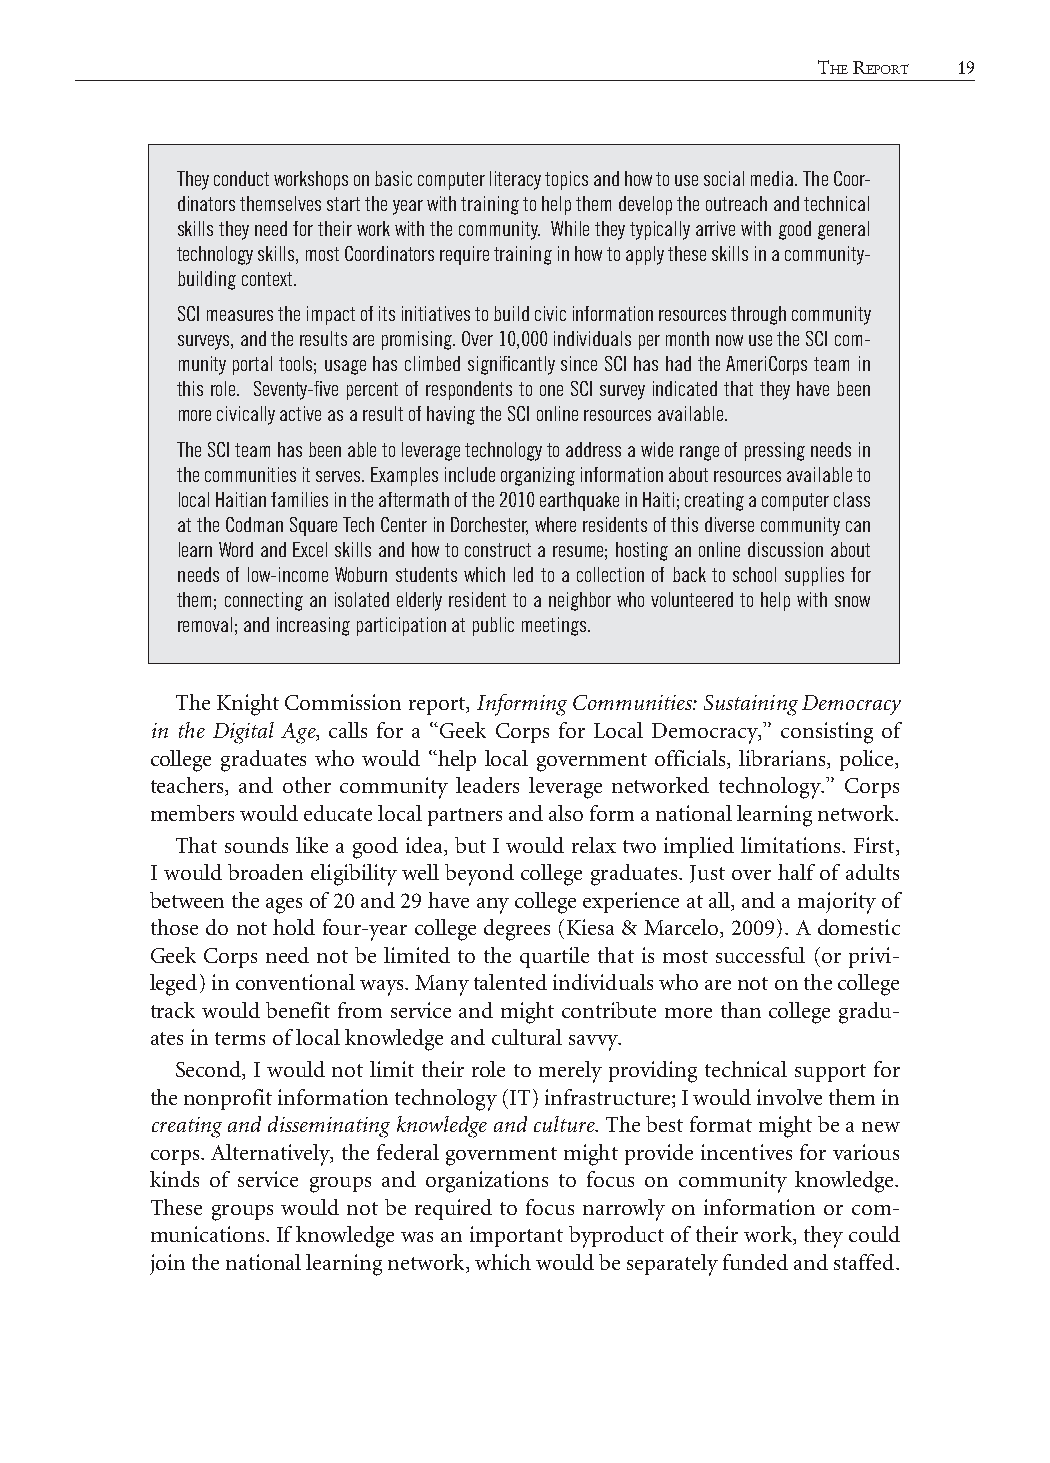
18 CiviC EngagEmEnt and Community information         thE rEport 19
 They conduct workshops on basic computer literacy topics and how to use social media. The Coor-
 dinators themselves start the year with training to help them develop the outreach and technical
 skills they need for their work with the community. While they typically arrive with good general
 technology skills, most Coordinators require training in how to apply these skills in a community-
 building context.
 SCI measures the impact of its initiatives to build civic information resources through community
 surveys, and the results are promising. Over 10,000 individuals per month now use the SCI com-
 munity portal tools; usage has climbed significantly since SCI has had the AmeriCorps team in
 this role. Seventy-five percent of respondents to one SCI survey indicated that they have been
 more civically active as a result of having the SCI online resources available.
 The SCI team has been able to leverage technology to address a wide range of pressing needs in
 the communities it serves. Examples include organizing information about resources available to
 local Haitian families in the aftermath of the 2010 earthquake in Haiti; creating a computer class
 at the Codman Square Tech Center in Dorchester, where residents of this diverse community can
 learn Word and Excel skills and how to construct a resume; hosting an online discussion about
 needs of low-income Woburn students which led to a collection of back to school supplies for
 them; connecting an isolated elderly resident to a neighbor who volunteered to help with snow
 removal; and increasing participation at public meetings.
 The Knight Commission report, Informing Communities: Sustaining Democracy
 in the Digital Age, calls for a “Geek Corps for Local Democracy,” consisting of
 college graduates who would “help local government officials, librarians, police,
 teachers, and other community leaders leverage networked technology.” Corps
 members would educate local partners and also form a national learning network.
 That sounds like a good idea, but I would relax two implied limitations. First,
 I would broaden eligibility well beyond college graduates. Just over half of adults
 between the ages of 20 and 29 have any college experience at all, and a majority of
 those do not hold four-year college degrees (Kiesa & Marcelo, 2009). A domestic
 Geek Corps need not be limited to the quartile that is most successful (or privi-
 leged) in conventional ways. Many talented individuals who are not on the college
 track would benefit from service and might contribute more than college gradu-
 ates in terms of local knowledge and cultural savvy.
 Second, I would not limit their role to merely providing technical support for
 the nonprofit information technology (IT) infrastructure; I would involve them in
 creating and disseminating knowledge and culture. The best format might be a new
 corps. Alternatively, the federal government might provide incentives for various
 kinds of service groups and organizations to focus on community knowledge.
 These groups would not be required to focus narrowly on information or com-
 munications. If knowledge was an important byproduct of their work, they could
 join the national learning network, which would be separately funded and staffed.